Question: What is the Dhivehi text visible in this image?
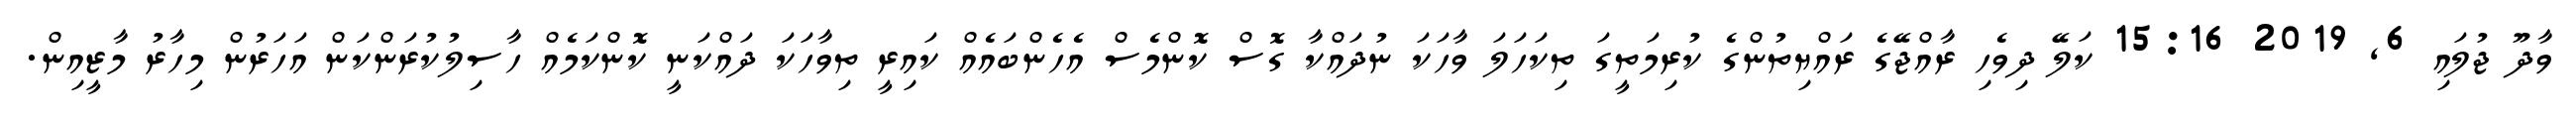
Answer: ވާދޫ ޖުލައި 6, 2019 15:16 ކަލޭ ދިވެހި ރާއްޖޭގެ ރައްޔިތުންގެ ކުރިމަތީގަ ތިކަހަލަ ވާހަކަ ނުދައްކާ ގޮސް ކޮންމެސް އެހެންބައެއް ކައިރީ ތިވާހަކަ ދައްކަނީ ކޮންކަމެއް ހާސިލުކުރަންކަން އަހަރުން މިހާރު މާޒީއިން.